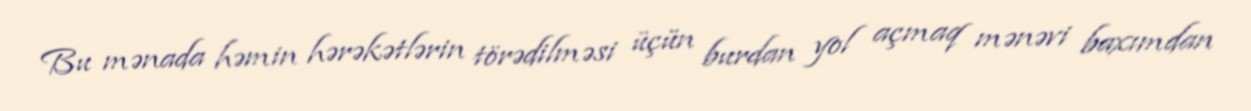
Bu mənada həmin hərəkətlərin törədilməsi üçün burdan yol açmaq mənəvi baxımdan